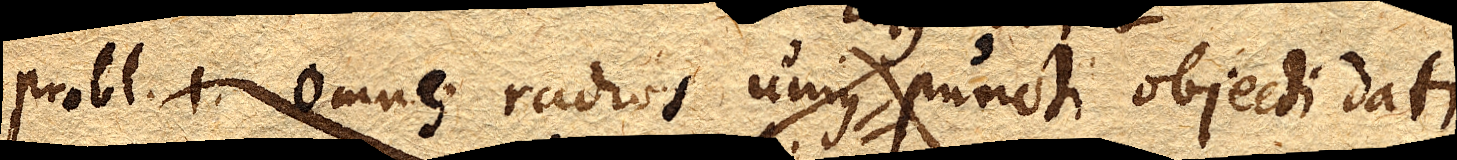
probl. 1. Omnes radios unius puncti objecti dati